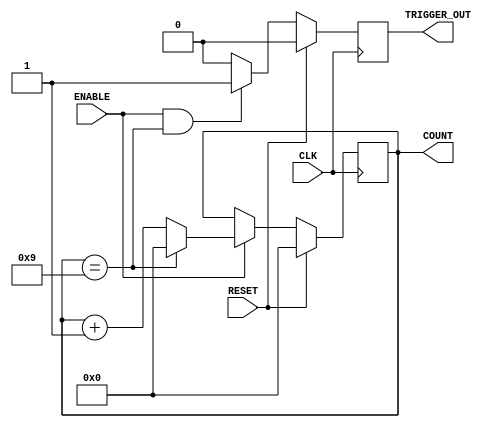
`timescale 1ns / 1ps
//////////////////////////////////////////////////////////////////////////////////
// Company: 
// Engineer: 
// 
// Design Name: 
// Module Name: Generic_counter
// Project Name: 
// Target Devices: 
// Tool Versions: 
// Description: 
// 
// Dependencies: 
// 
// Revision:
// Revision 0.01 - File Created
// Additional Comments:
// 
//////////////////////////////////////////////////////////////////////////////////


module Generic_counter(
        CLK,
        RESET,
        ENABLE,
        TRIGGER_OUT,
        COUNT
    );
    
    parameter COUNTER_WIDTH = 4;
    parameter COUNTER_MAX = 9;
    
    input CLK;
    input RESET;
    input ENABLE;
    output TRIGGER_OUT;
    output [COUNTER_WIDTH-1:0] COUNT;
    
    reg [COUNTER_WIDTH-1:0] count_value = 0;
    reg Trigger_out;
    
    always@(posedge CLK) begin
        if (RESET)
            count_value <= 0;
        else begin
            if (ENABLE) begin
                if (count_value == COUNTER_MAX)
                    count_value <= 0;
                else
                    count_value <= count_value + 1;
            end
        end
    end
    
    always@(posedge CLK) begin
        if (RESET)
            Trigger_out <= 0;
        else begin
            if (ENABLE && (count_value == COUNTER_MAX))
                Trigger_out <= 1;
            else 
                Trigger_out <= 0;
        end
    end
    
    assign TRIGGER_OUT = Trigger_out;
    assign COUNT = count_value;
    
endmodule